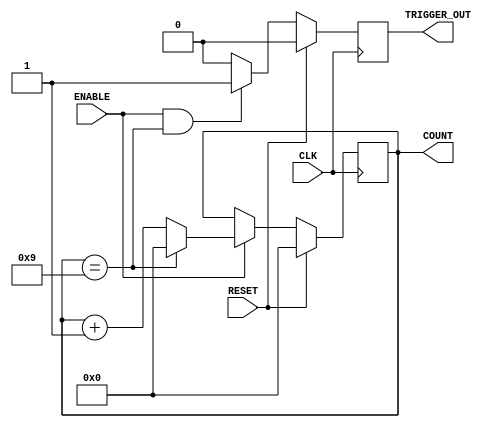
`timescale 1ns / 1ps
//////////////////////////////////////////////////////////////////////////////////
// Company: 
// Engineer: 
// 
// Design Name: 
// Module Name: Generic_counter
// Project Name: 
// Target Devices: 
// Tool Versions: 
// Description: 
// 
// Dependencies: 
// 
// Revision:
// Revision 0.01 - File Created
// Additional Comments:
// 
//////////////////////////////////////////////////////////////////////////////////


module Generic_counter(
        CLK,
        RESET,
        ENABLE,
        TRIGGER_OUT,
        COUNT
    );
    
    parameter COUNTER_WIDTH = 4;
    parameter COUNTER_MAX = 9;
    
    input CLK;
    input RESET;
    input ENABLE;
    output TRIGGER_OUT;
    output [COUNTER_WIDTH-1:0] COUNT;
    
    reg [COUNTER_WIDTH-1:0] count_value = 0;
    reg Trigger_out;
    
    always@(posedge CLK) begin
        if (RESET)
            count_value <= 0;
        else begin
            if (ENABLE) begin
                if (count_value == COUNTER_MAX)
                    count_value <= 0;
                else
                    count_value <= count_value + 1;
            end
        end
    end
    
    always@(posedge CLK) begin
        if (RESET)
            Trigger_out <= 0;
        else begin
            if (ENABLE && (count_value == COUNTER_MAX))
                Trigger_out <= 1;
            else 
                Trigger_out <= 0;
        end
    end
    
    assign TRIGGER_OUT = Trigger_out;
    assign COUNT = count_value;
    
endmodule